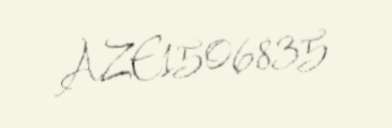
AZE1506835